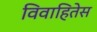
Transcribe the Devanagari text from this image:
विवाहितेस